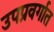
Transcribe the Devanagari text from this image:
उपप्रवर्गात